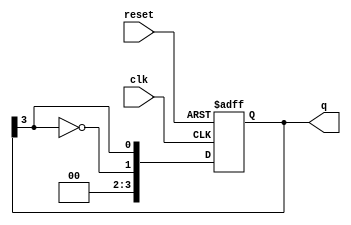
module johnson_counter #(
    parameter N = 4  // Number of flip-flops (can be modified)
)(
    input wire clk,        // Clock input
    input wire reset,      // Synchronous reset
    output reg [N-1:0] q   // Counter output
);

    // Always block for the Johnson Counter logic
    always @(posedge clk or posedge reset) begin
        if (reset) begin
            q <= 0;  // Reset all flip-flops to 0
        end else begin
            // Shift the counter and feed back the inverted last flip-flop
            q <= {~q[N-1], q[N-1:N-1]};  // Shift and invert last flip-flop
        end
    end

endmodule